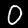
Label: 0